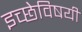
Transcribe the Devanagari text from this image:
इच्छेविषयी